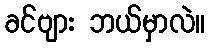
ခင်ဗျား ဘယ်မှာလဲ။